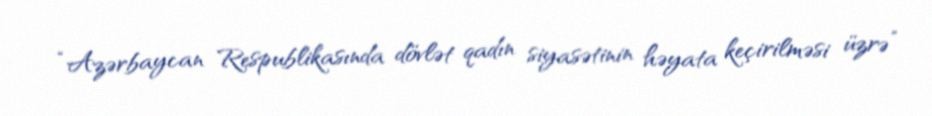
“Azərbaycan Respublikasında dövlət qadın siyasətinin həyata keçirilməsi üzrə”